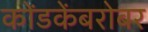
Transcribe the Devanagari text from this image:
कोंडकेंबरोबर